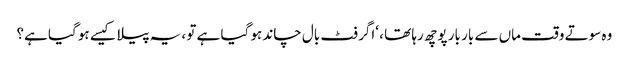
وہ سوتے وقت ماں سے بار بار پوچھ رہا تھا ، ‘اگر فٹ بال چاند ہو گیا ہے تو ، یہ پیلا کیسے ہو گیا ہے؟